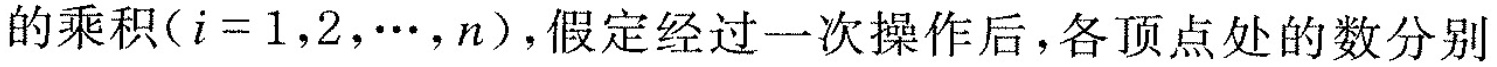
的乘积($$i=1$$，2，…，n)，假定经过一次操作后，各顶点处的数分别